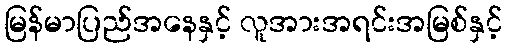
မြန်မာပြည်အနေနှင့် လူအားအရင်းအမြစ်နှင့်